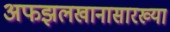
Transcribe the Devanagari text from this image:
अफझलखानासारख्या